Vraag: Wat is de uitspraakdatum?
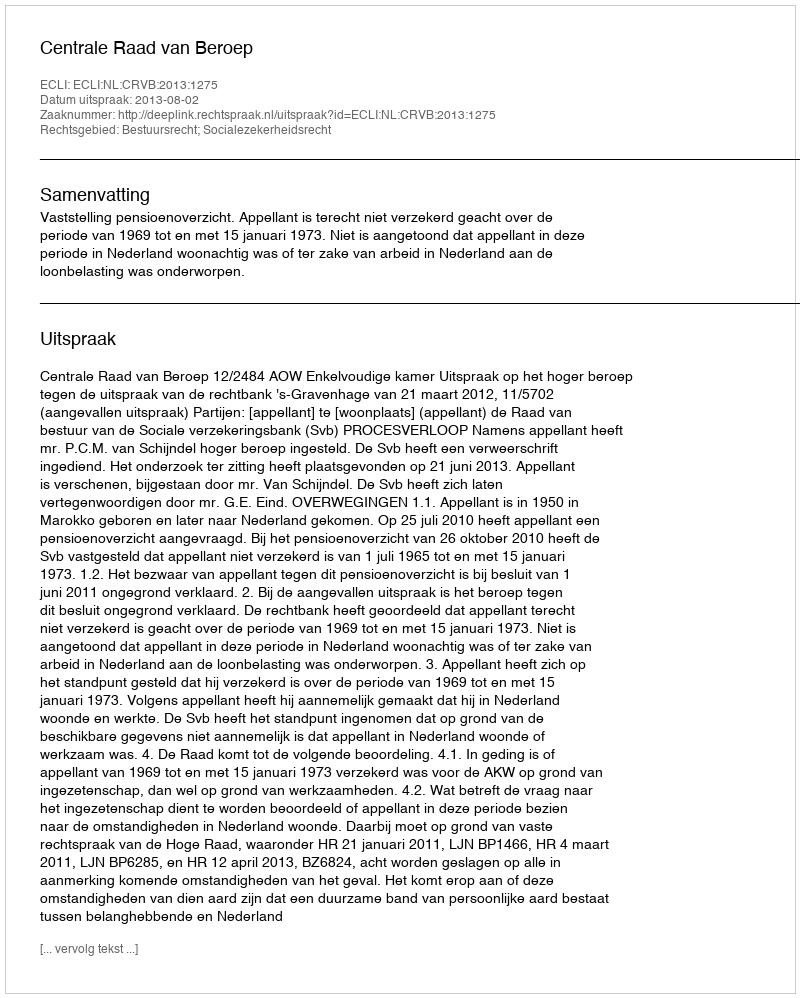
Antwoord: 2013-08-02